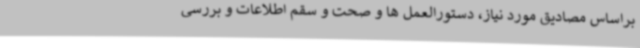
براساس مصادیق مورد نیاز، دستورالعمل ها و صحت و سقم اطلاعات و بررسی